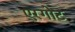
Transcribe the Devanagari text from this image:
एरगोट